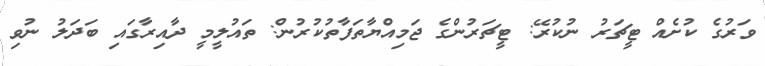
ވަރުގެ ކުށެއް ޓީޗަރު ނުކުރޭ: ޓީޗަރުންގެ ޖަމިއްޔާތަފާތުކުރުން: ތައުލީމީ ދާއިރާގައި ބަދަލު ނުވި